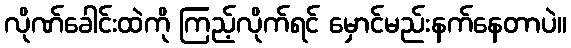
လိုဏ်ခေါင်းထဲကို ကြည့်လိုက်ရင် မှောင်မည်းနက်နေတာပဲ။